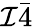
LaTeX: \mathcal{I}\bar{{4}}